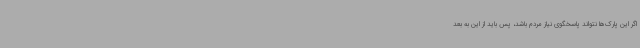
اگر این پارک‌ها نتواند پاسخگوی نیاز مردم باشد، پس باید از این به بعد